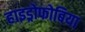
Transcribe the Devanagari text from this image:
हाइड्रोफोबिया